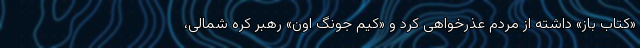
«کتاب باز» داشته از مردم عذرخواهی کرد و «کیم جونگ اون» رهبر کره شمالی،